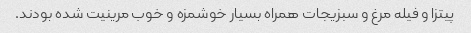
پیتزا و فیله مرغ و سبزیجات همراه بسیار خوشمزه و خوب مرینیت شده بودند.